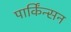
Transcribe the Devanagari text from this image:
पार्किंन्सन